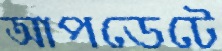
আপডেটে